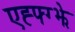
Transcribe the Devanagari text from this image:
एह्फ्ग्झे